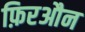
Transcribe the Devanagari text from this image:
फ़िरऔन